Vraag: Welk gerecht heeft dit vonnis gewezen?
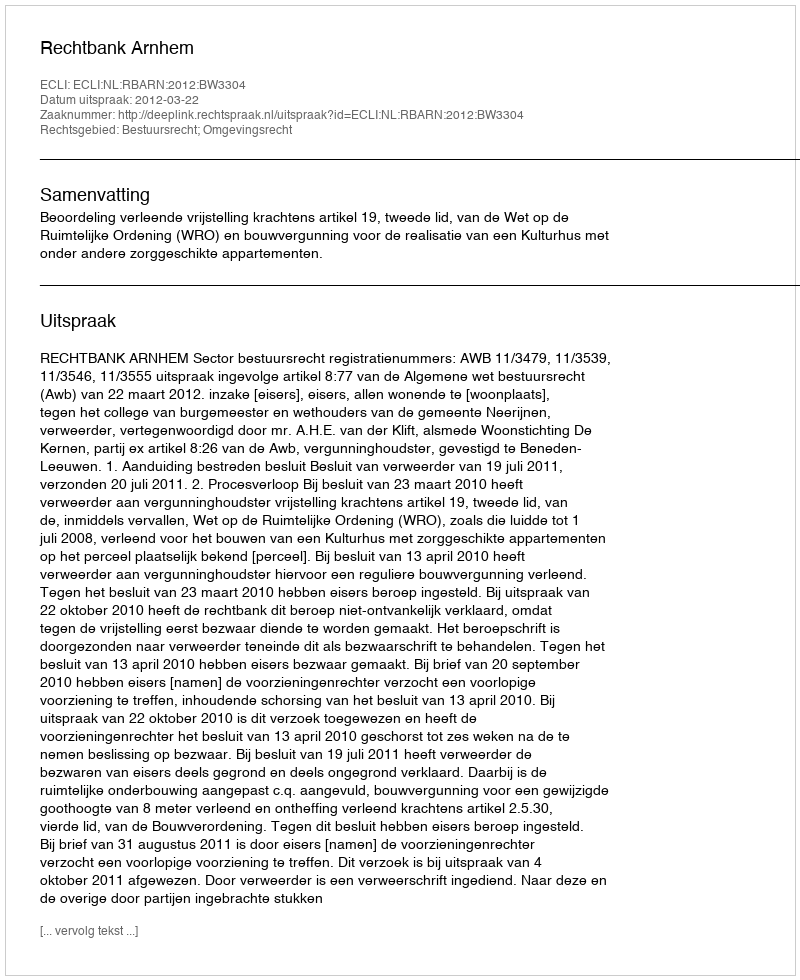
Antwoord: Rechtbank Arnhem